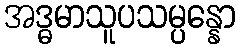
အဒ္ဓမာသူပသမ္ပန္နော